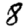
Digit: 8